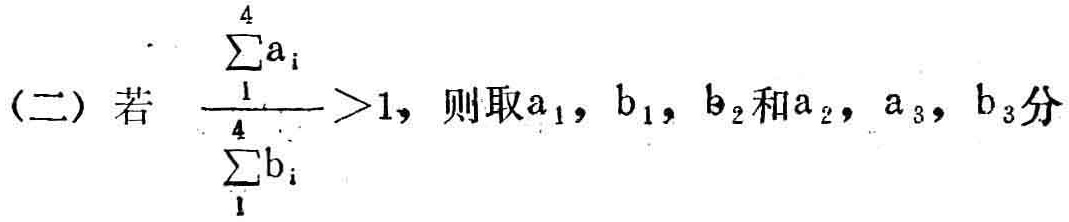
(二) 若 \(\frac{\sum_{1}^{4}a_{i}}{\sum_{1}^{4}b_{i}}>1\)，则取\(a_{1}\)，\(b_{1}\)，\(b_{2}\)和\(a_{2}\)，\(a_{3}\)，\(b_{3}\)分